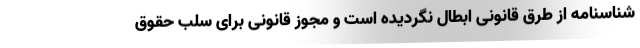
شناسنامه از طرق قانونی ابطال نگردیده است و مجوز قانونی برای سلب حقوق